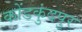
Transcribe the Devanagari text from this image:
कोंडकुंदपुर